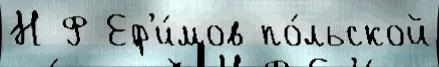
Н Ф Еф'и́мов по́льской